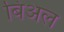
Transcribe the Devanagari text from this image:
बिअल